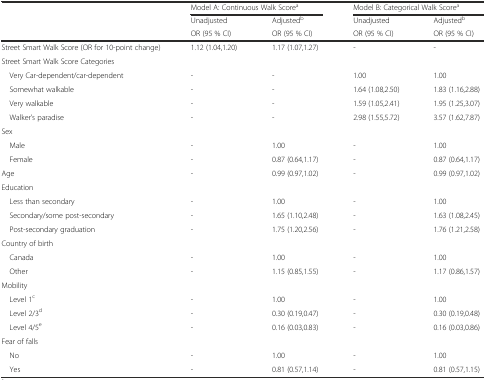
|  | <COLSPAN=2> Model A: Continuous Walk Scorea | <COLSPAN=2> Model B: Categorical Walk Scorea |
 |  | Unadjusted | Adjustedb | Unadjusted | Adjustedb |
 |  | OR (95 % CI) | OR (95 % CI) | OR (95 % CI) | OR (95 % CI) |
 | --- | --- | --- | --- | --- |
 | Street Smart Walk Score (OR for 10-point change) | 1.12 (1.04,1.20) | 1.17 (1.07,1.27) | - | - |
 | Street Smart Walk Score Categories |  |  |  |  |
 | Very Car-dependent/car-dependent | - | - | 1.00 | 1.00 |
 | Somewhat walkable | - | - | 1.64 (1.08,2.50) | 1.83 (1.16,2.88) |
 | Very walkable | - | - | 1.59 (1.05,2.41) | 1.95 (1.25,3.07) |
 | Walker’s paradise | - | - | 2.98 (1.55,5.72) | 3.57 (1.62,7.87) |
 | Sex |  |  |  |  |
 | Male | - | 1.00 | - | 1.00 |
 | Female | - | 0.87 (0.64,1.17) | - | 0.87 (0.64,1.17) |
 | Age | - | 0.99 (0.97,1.02) | - | 0.99 (0.97,1.02) |
 | Education |  |  |  |  |
 | Less than secondary | - | 1.00 | - | 1.00 |
 | Secondary/some post-secondary | - | 1.65 (1.10,2.48) | - | 1.63 (1.08,2.45) |
 | Post-secondary graduation | - | 1.75 (1.20,2.56) | - | 1.76 (1.21,2.58) |
 | Country of birth |  |  |  |  |
 | Canada | - | 1.00 | - | 1.00 |
 | Other | - | 1.15 (0.85,1.55) | - | 1.17 (0.86,1.57) |
 | Mobility |  |  |  |  |
 | Level 1c | - | 1.00 | - | 1.00 |
 | Level 2/3d | - | 0.30 (0.19,0.47) | - | 0.30 (0.19,0.48) |
 | Level 4/5e | - | 0.16 (0.03,0.83) | - | 0.16 (0.03,0.86) |
 | Fear of falls |  |  |  |  |
 | No | - | 1.00 | - | 1.00 |
 | Yes | - | 0.81 (0.57,1.14) | - | 0.81 (0.57,1.15) |